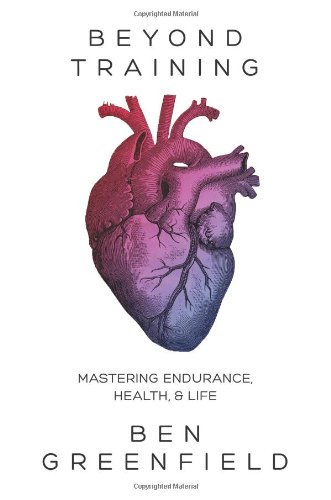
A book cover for Beyond Training: Mastering Endurance, Health & Life; Ben Greenfield; Sports & Outdoors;